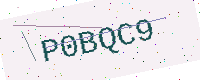
Text: P0BQC9